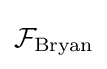
{\mathcal {F}}_{\text{Bryan}}